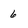
Character: 6